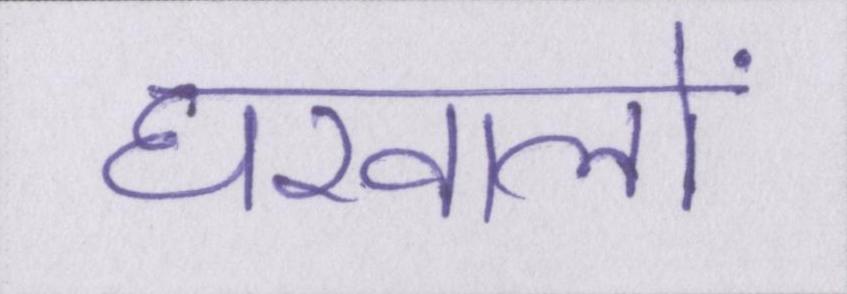
घरवालों